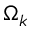
\Omega _ { k }